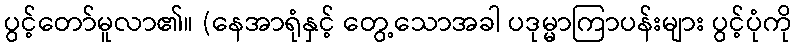
ပွင့်တော်မူလာ၏။ (နေအာရုံနှင့် တွေ့သောအခါ ပဒုမ္မာကြာပန်းများ ပွင့်ပုံကို